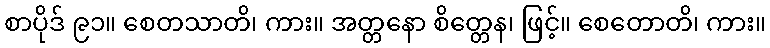
စာပိုဒ် ၉၁။ စေတသာတိ၊ ကား။ အတ္တနော စိတ္တေန၊ ဖြင့်။ စေတောတိ၊ ကား။